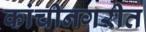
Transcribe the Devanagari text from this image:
कांचीनगरीत